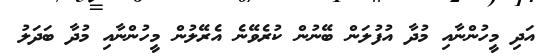
އަދި މީހުންނާއި މުދާ އުފުލަން ބޭނުން ކުރެވޭނެ އެރޭލުން މީހުންނާއި މުދާ ބަދަލު